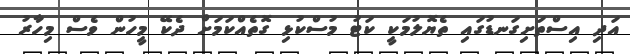
އަދި އިސްތަށިގަނޑުގައި ތެޔޮލުމަކީ ކަޓު މުސްކުޅި ގޮތެއްކަމަށް ދެކޭ މީހުން ވެސް މިހާރު